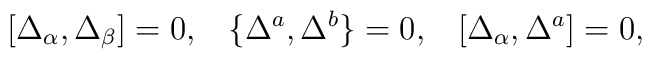
[\Delta_\alpha,\Delta_\beta]=0, \;\;\; \{\Delta^a,\Delta^b\}=0, \;\;\; [\Delta_\alpha,\Delta^a]=0,